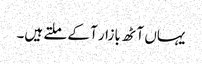
یہاں آٹھ بازار آ کے ملتے ہیں۔